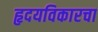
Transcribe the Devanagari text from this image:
हृदयविकारचा